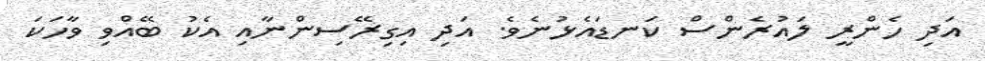
އަދި ހެންރީ ލައުރެންސް ކަނޑައެޅުނެވެ. އަދި އިގިރޭސިންނާއި އެކު ބޭއްވި ވާހަކަ